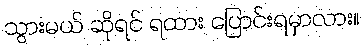
သွားမယ် ဆိုရင် ရထား ပြောင်းရမှာလား။